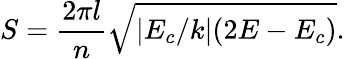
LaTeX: S=\frac{2\pi l}{n}\sqrt{|E_{c}/k|(2E-E_{c})}.